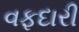
વફદારી